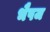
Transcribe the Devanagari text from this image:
भैषज